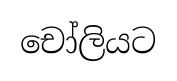
චෝලියට